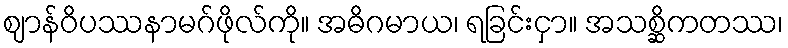
ဈာန်ဝိပဿနာမဂ်ဖိုလ်ကို။ အဓိဂမာယ၊ ရခြင်းငှာ။ အသစ္ဆိကတဿ၊